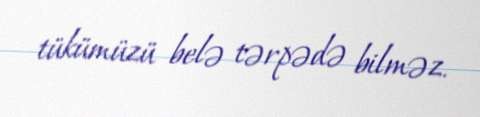
tükümüzü belə tərpədə bilməz.